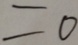
= 0